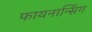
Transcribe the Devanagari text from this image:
फायनान्सिंग